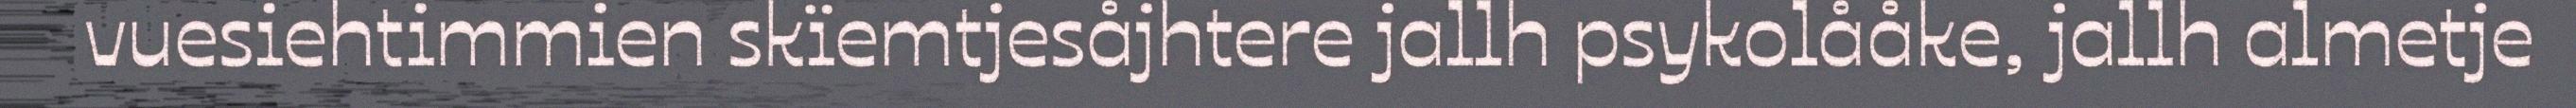
vuesiehtimmien skïemtjesåjhtere jallh psykolååke, jallh almetje